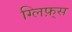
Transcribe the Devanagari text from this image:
ग्लिफ़्स